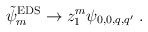
\begin{align*}\tilde\psi^{\rm EDS}_m \to z_1^m \psi_{0,0,q,q'}\ .\end{align*}